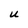
Character: U